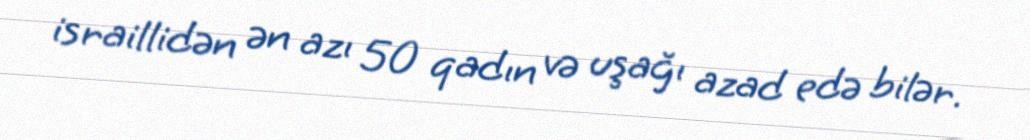
israillidən ən azı 50 qadın və uşağı azad edə bilər.